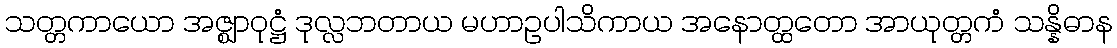
သတ္တကာယော အဇ္ဈာဝုဋ္ဌံ ဒုလ္လဘတာယ မဟာဥပါသိကာယ အနောတ္ထတော အာယုတ္တကံ သန္နိဓာန